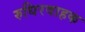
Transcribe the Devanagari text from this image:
रुधिरवाहक